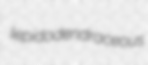
lepidodendraceous